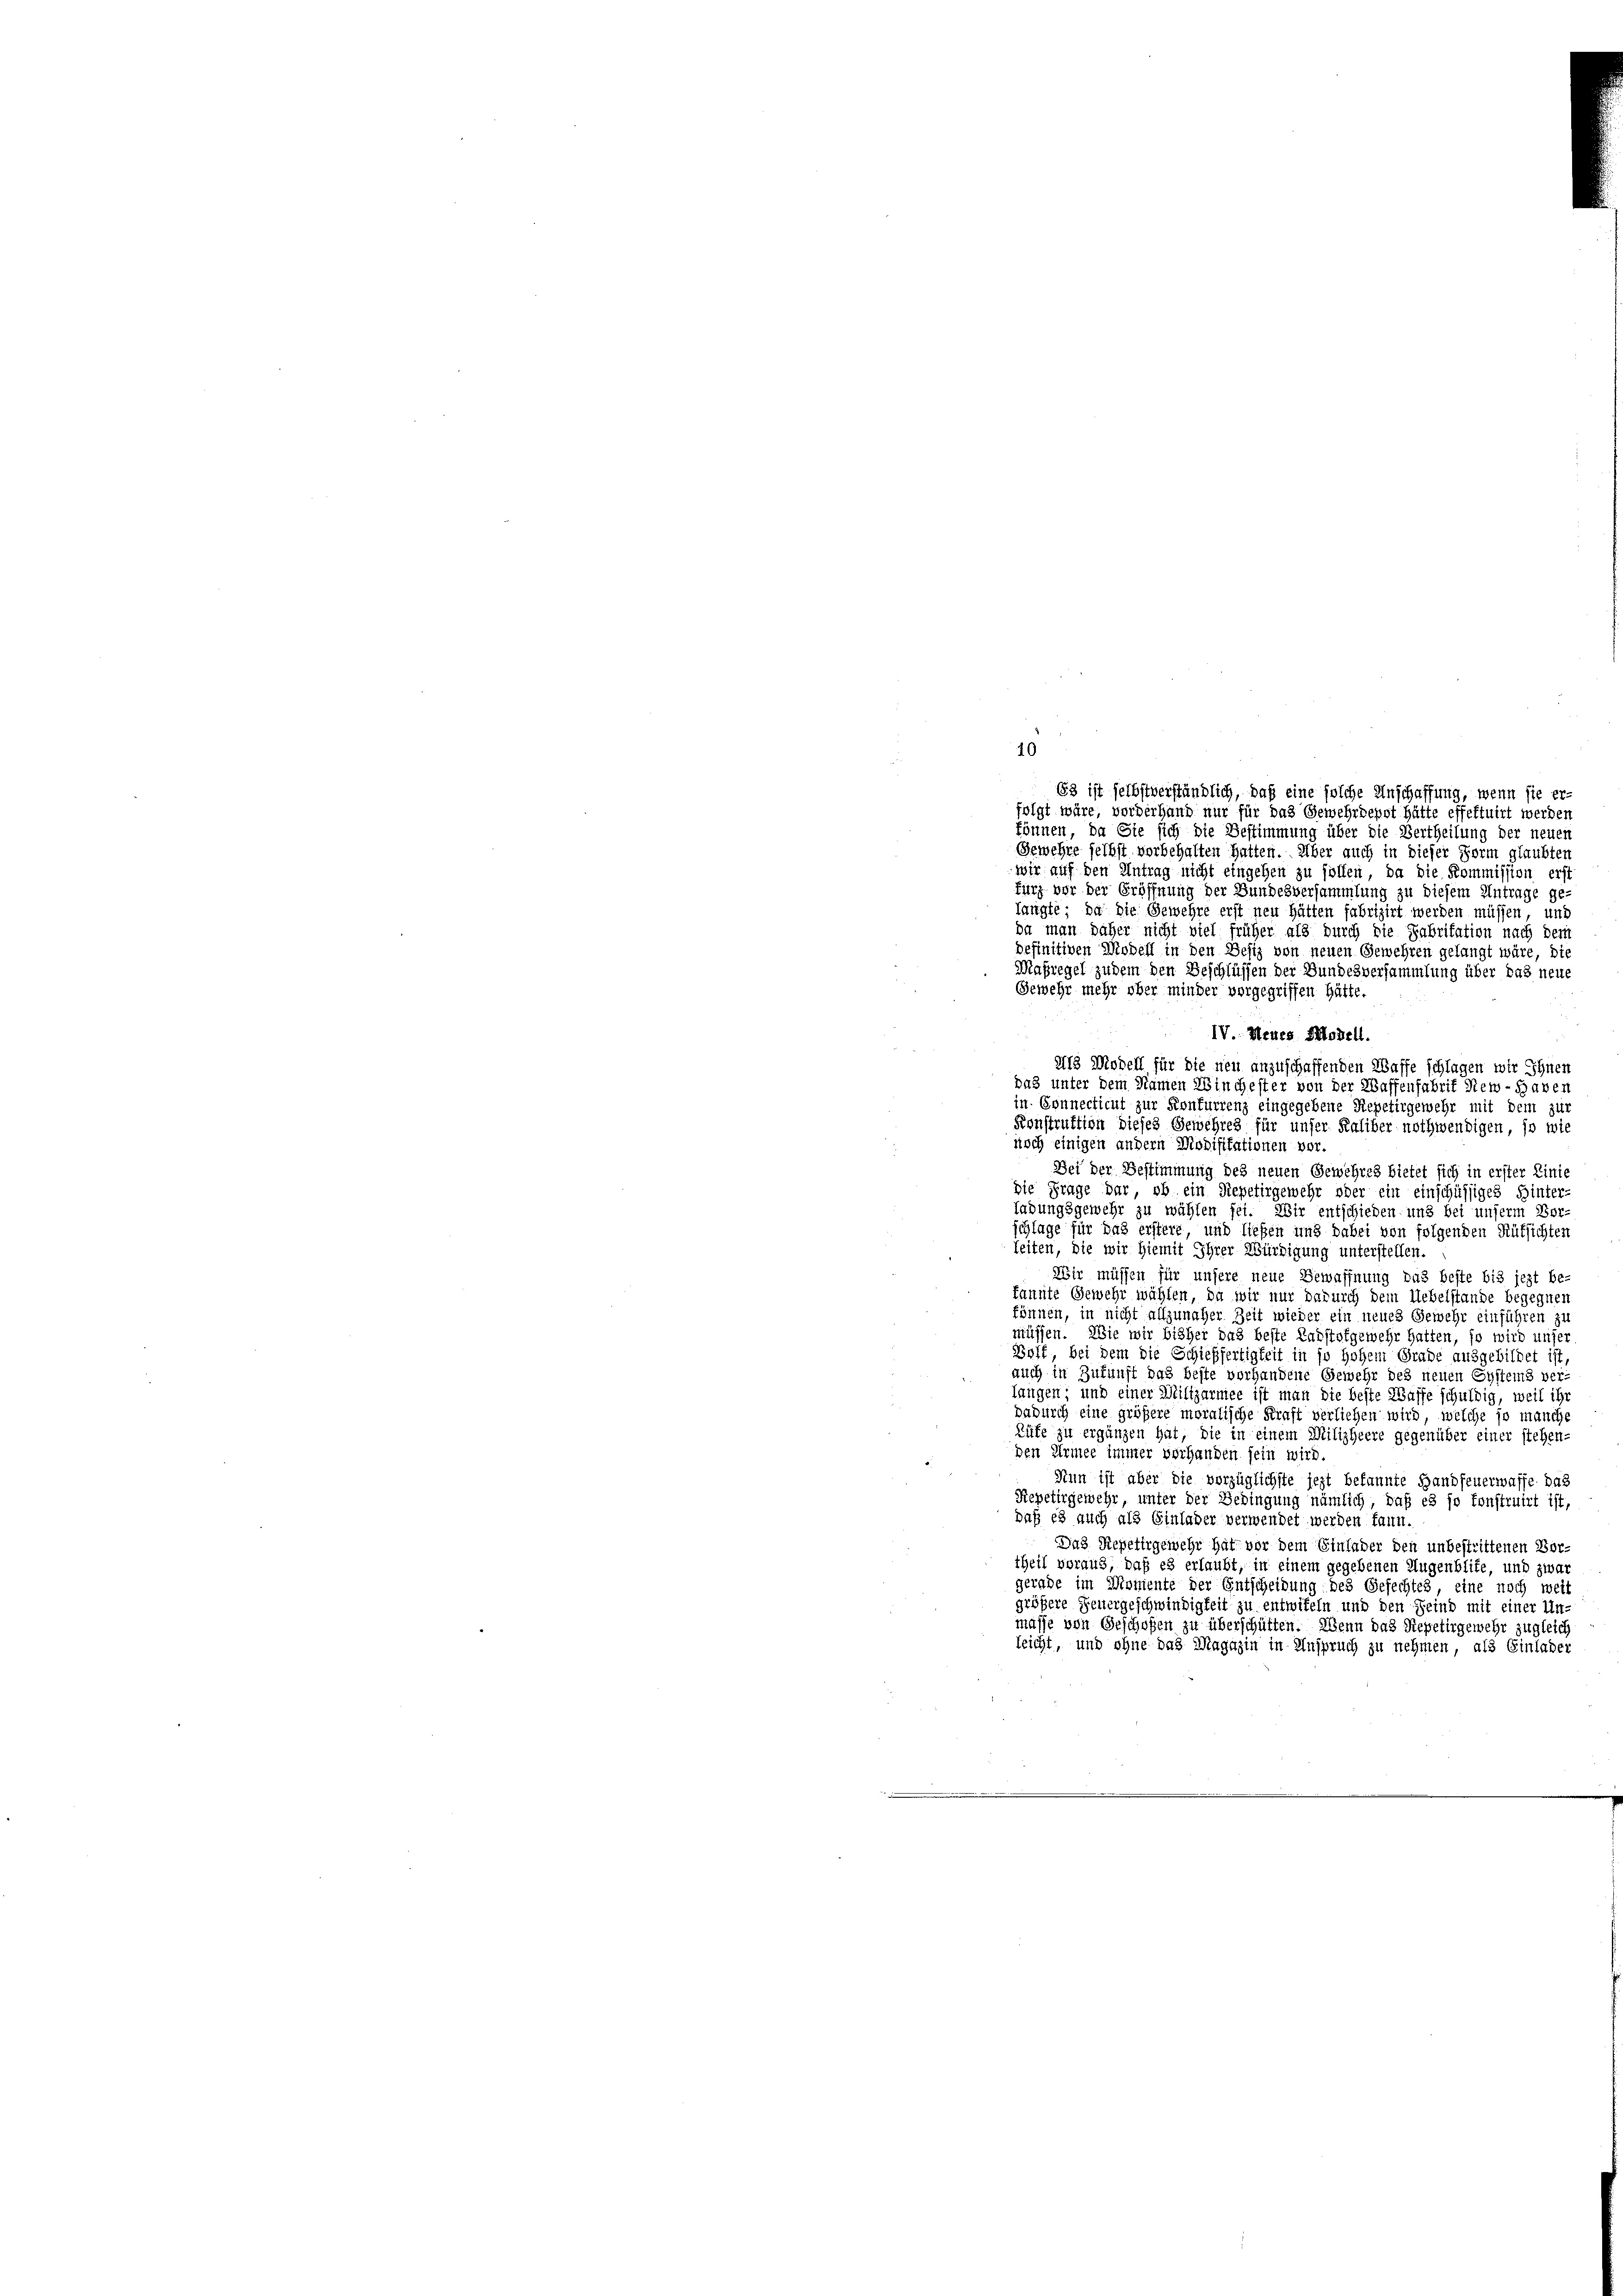
10

63 ist selbstverständlich, daß eine solche Anschaffung, wenn sie er-
folgt wäre, vorderhand nur für das Gewehrdepot hätte effektuirt werden
können, da Sie sich die Bestimmung über die Vertheilung der neuen
Gewehre selbst vorbehalten hatten. Über auch in dieser Form glaubten
wir auf den Antrag nicht eingehen zu sollen, da die Kommission erst
furz vor der Eröffnung der Bundesversammlung zu diesem Antrage ge-
langte, da die Gewehre erst neu hätten fabrizirt werden müssen, und
da man daher nicht viel früher als durch die Fabritation nach dem
definitiven Modell in den Sefiz von neuen Gewehren gelangt wäre, die
Maßregel zudem den Beschlüssen der Bundesversammlung über das neue
Gewehr mehr ober minder vorgegriffen hätte.
IV. Neues Modell.
218 Modell für die neu anzuschaffenden Waffe schlagen wir Ihnen
das unter dem Namen Winchester von der Waffenfabrik New-Haben
in Connecticut zur Konfurrenz eingegebene Repetirgewehr mit dem zur
Konstruktion dieses Gewehres für unser Kaliber nothwendigen, so wie
noch einigen andern Modifikationen vor.
Bei der Bestimmung des neuen Gewehres bietet sich in erster Linie
die Frage dar, ob ein Repetirgewehr oder ein einschüssiges Hinter-
ladungsgewehr zu wählen sei. Wir entschieden und bei unserm Vor-
schlage für das erstere und ließen und dabei von folgenden Rüksichten
leiten, die wir hiemit Ihrer Würdigung unterstellen.
Wir müssen für unsere neue Bewaffnung das beste bis jezt be-
kannte Gewehr wählen, da wir nur dadurch dem Uebelstande begegnen
können, in nicht allzunaher Zeit wieder ein neues Gewehr einführen zu
müssen. Wie wir bisher das beste Ladstofgewehr hatten, so wird unser
Wolf, bei dem die Schieffertigkeit in so hohem Grade ausgebildet ist,
auch in Zukunft das beste vorhandene Gewehr des neuen Systems ver-
langen; und einer Miltzarmee ist man die beste Wasse schuldig, weil ihr
dadurch eine größere moralische Kraft verliehen wird, welche so manche
Züfe zu ergänzen hat, die in einem Milizheere gegenüber einer stehen-
den Armee immer vorhanden sein wird.
Nun ist aber die vorzüglichste jezt bekannte Handfeuerwasse, das
Repetirgewehr, unter der Bedingung nämlich, daß es so sonstruirt ist,
daß es auch als Einlader verwendet werden kann.
Das Repetirgewehr hat vor dem Einlader den unbestrittenen Vor-
theil voraus, daß es erlaubt, in einem gegebenen Augenblite, und zwar
gerade im Momente der Entscheidung des Gefechtes, eine noch weit
größere Feuergeschwindigkeit zu entwiteln und den Feind mit einer Un-
masse von Geschofen zu überschütten. Wenn das Repetirgemehr zugleich
leicht, und ohne das Magazin in Anspruch zu nehmen, als Einlader